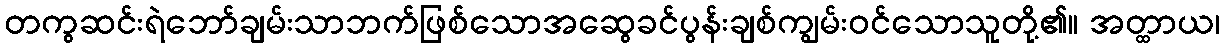
တကွဆင်းရဲဘော်ချမ်းသာဘက်ဖြစ်သောအဆွေခင်ပွန်းချစ်ကျွမ်းဝင်သောသူတို့၏။ အတ္ထာယ၊